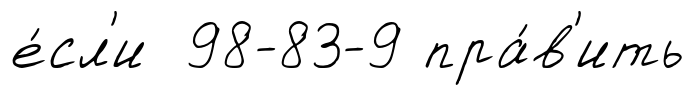
е́сл'и 98-83-9 пра́в'ить